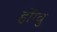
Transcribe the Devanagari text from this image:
होंग्वु